Civil Veterinary Department. Central Provinces & Berar 1925-31 - 1925-1931
Year: 1925
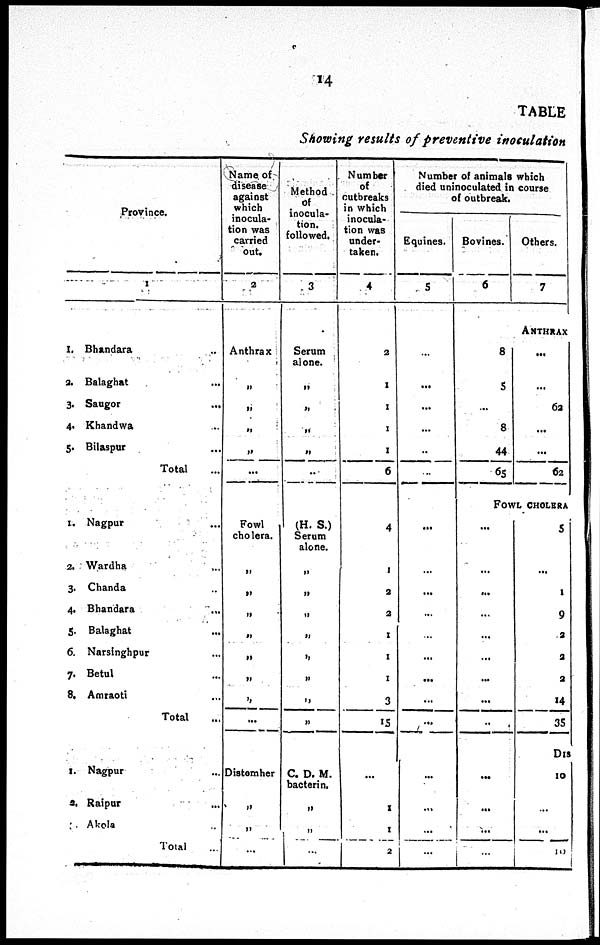
14
TABLE
Showing results of preventive inoculation
Province.
1
1. Bhandara
2. Balaghat
3. Saugor
4. Khandwa
5. Bilaspur
1. Nagpur
2. Wardha
3. Chanda
4. Bhandara
5. Balaghat
6. Narsinghpur
7. Betul
8. Amraoti
1. Nagpur
2. Raipur
Akola
..
...
...
...
...
Total ...
...
...
...
...
...
...
...
...
Total ...
...
...
...
Total ...
Name of
disease
against
which
inocula-
tion was
carried
out.
2
Anthrax
„
„
„
„
...
Fowl
cholera.
„
„
„
„
„
„
„
...
Distemher
„
„
...
Method
of
inocula-
tion,
followed.
3
Serum
alone.
„
„
„
„
..
(H. S.)
Serum
alone.
„
„
„
„
„
„
„
„
C. D. M.
bacterin.
„
„
...
Number
of
outbreaks
in which
inocula-
tion was
under-
taken.
4
2
1
1
1
1
6
4
1
2
2
1
1
1
3
15
...
1
1
2
Number of animals which
died uninoculated in course
of outbreak.
Equines.
5
...
...
...
...
..
...
...
...
...
...
...
...
...
...
...
...
...
...
...
Bovines.
6
8
5
...
8
44
65
Others.
7
ANTHRAX
...
...
62
...
...
62
FOWL CHOLERA
...
...
...
...
...
...
...
...
...
...
...
...
...
5
...
1
9
2
2
2
14
35
DIS
10
...
...
543